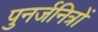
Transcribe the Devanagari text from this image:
पुनर्जनित्रों